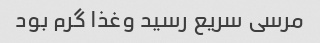
مرسی سریع رسید وغذا گرم بود